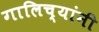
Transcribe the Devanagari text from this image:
गालिच्यांनी